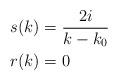
LaTeX: \begin{align*}s(k) &= \frac{2i}{k-k_0}\\r(k) &= 0\end{align*}